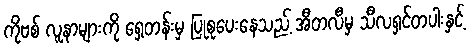
ကိုဗစ် လူနာများကို ရှေ့တန်းမှ ပြုစုပေးနေသည့် အီတလီမှ သီလရှင်တပါးနှင့်